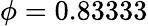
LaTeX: \phi=0.83333